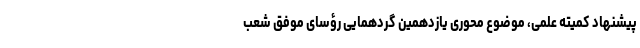
پیشنهاد کمیته علمی، موضوع محوری یازدهمین گردهمایی رؤسای موفق شعب